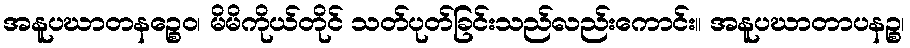
အနူပဃာတနဉ္စေဝ၊ မိမိကိုယ်တိုင် သတ်ပုတ်ခြင်းသည်လည်းကောင်း။ အနူပဃာတာပနဉ္စ၊